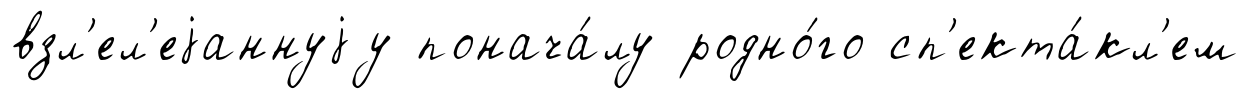
взл'ел'еjаннуjу понача́лу родно́го сп'екта́кл'ем